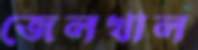
জেলখাল